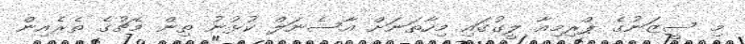
މި ސީޒަނުގެ ޕްރިމިއާ ލީގުގައި މިހާތަނަށް އާސެނަލް ކުޅުނު ތިން މެޗުގެ ތެރެއިން